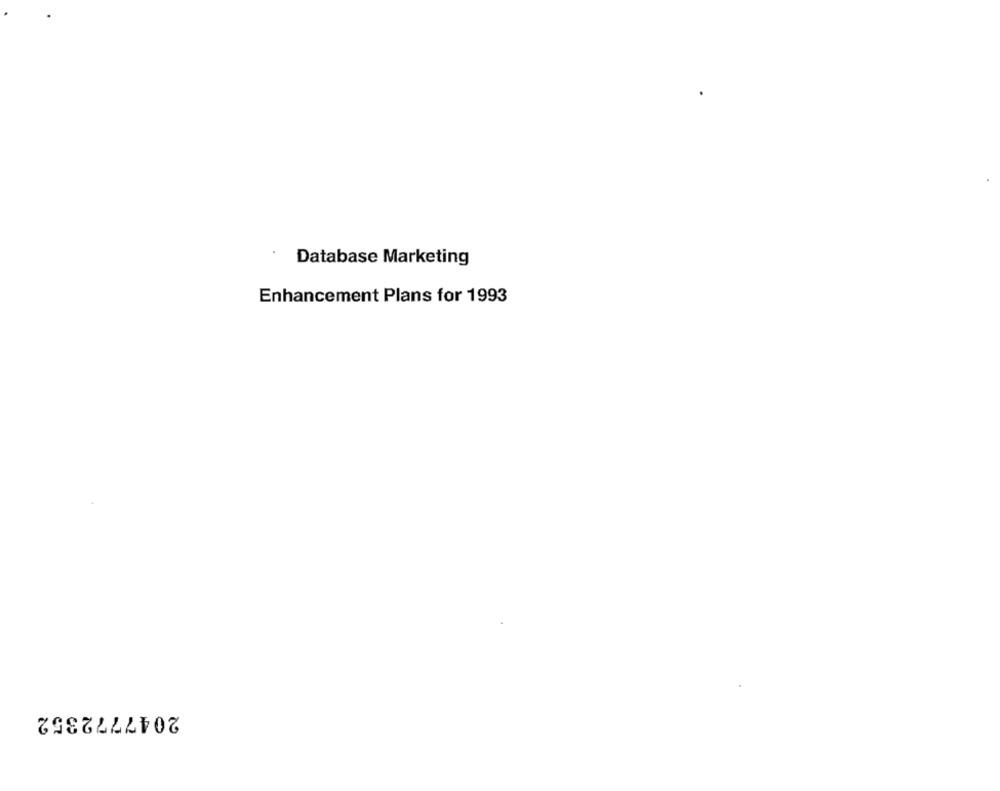
Database Marketing
Enhancement Plans for 1993
2047772352